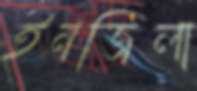
ইনজিলা